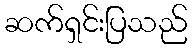
ဆက်ရှင်းပြသည်